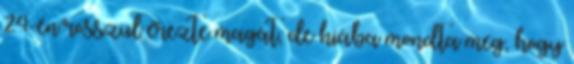
24-én rosszul érezte magát, de hiába mondta meg, hogy